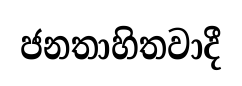
ජනතාහිතවාදී